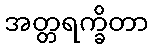
အတ္တရက္ခိတာ